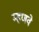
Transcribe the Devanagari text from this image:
म्हणवे